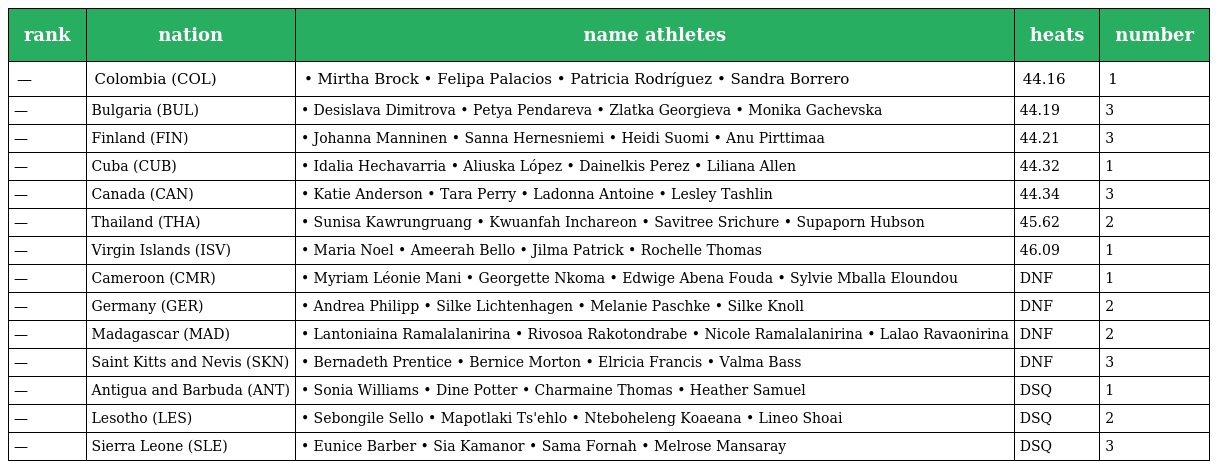
| rank | nation | name athletes | heats | number |
 | --- | --- | --- | --- | --- |
 | — | Colombia (COL) | • Mirtha Brock • Felipa Palacios • Patricia Rodríguez • Sandra Borrero | 44.16 | 1 |
 | — | Bulgaria (BUL) | • Desislava Dimitrova • Petya Pendareva • Zlatka Georgieva • Monika Gachevska | 44.19 | 3 |
 | — | Finland (FIN) | • Johanna Manninen • Sanna Hernesniemi • Heidi Suomi • Anu Pirttimaa | 44.21 | 3 |
 | — | Cuba (CUB) | • Idalia Hechavarria • Aliuska López • Dainelkis Perez • Liliana Allen | 44.32 | 1 |
 | — | Canada (CAN) | • Katie Anderson • Tara Perry • Ladonna Antoine • Lesley Tashlin | 44.34 | 3 |
 | — | Thailand (THA) | • Sunisa Kawrungruang • Kwuanfah Inchareon • Savitree Srichure • Supaporn Hubson | 45.62 | 2 |
 | — | Virgin Islands (ISV) | • Maria Noel • Ameerah Bello • Jilma Patrick • Rochelle Thomas | 46.09 | 1 |
 | — | Cameroon (CMR) | • Myriam Léonie Mani • Georgette Nkoma • Edwige Abena Fouda • Sylvie Mballa Eloundou | DNF | 1 |
 | — | Germany (GER) | • Andrea Philipp • Silke Lichtenhagen • Melanie Paschke • Silke Knoll | DNF | 2 |
 | — | Madagascar (MAD) | • Lantoniaina Ramalalanirina • Rivosoa Rakotondrabe • Nicole Ramalalanirina • Lalao Ravaonirina | DNF | 2 |
 | — | Saint Kitts and Nevis (SKN) | • Bernadeth Prentice • Bernice Morton • Elricia Francis • Valma Bass | DNF | 3 |
 | — | Antigua and Barbuda (ANT) | • Sonia Williams • Dine Potter • Charmaine Thomas • Heather Samuel | DSQ | 1 |
 | — | Lesotho (LES) | • Sebongile Sello • Mapotlaki Ts'ehlo • Nteboheleng Koaeana • Lineo Shoai | DSQ | 2 |
 | — | Sierra Leone (SLE) | • Eunice Barber • Sia Kamanor • Sama Fornah • Melrose Mansaray | DSQ | 3 |